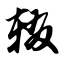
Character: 辍